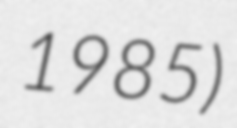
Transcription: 1985)